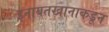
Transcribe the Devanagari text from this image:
इनायतखानाकडून